Madras plague regulations in force outside the Presidency town - Volume 1
Disease focus: Plague
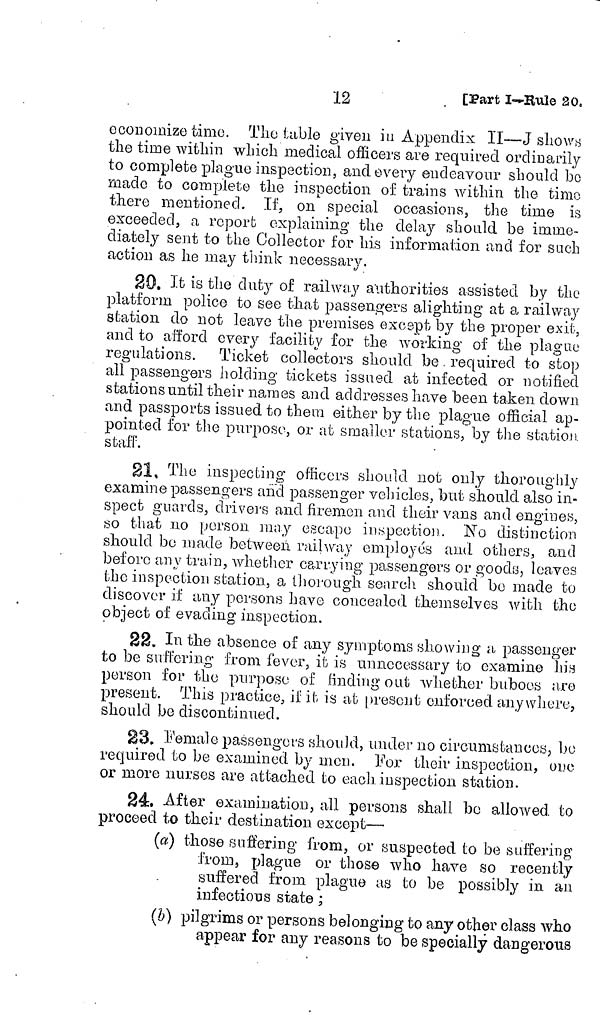
12
[Part I-Rule 20,
economize time. The table given in Appendix II—J shows
the time within which medical officers are required ordinarily
to complete plague inspection, and every endeavour should bo
made to complete the inspection of trains within the timo
there mentioned. If, on special occasions, the time is
exceeded, a report explaining the delay should be imme-
diately sent to the Collector for his information and for such
action as he may think necessary.
20. It is the duty of railway authorities assisted by the
platform police to see that passengers alighting at a railway
station do not leave the premises except by the proper exit,
and to afford every facility for the working of the plague
regulations. Ticket collectors should be. required to stop
all passengers holding tickets issued at infected or notified
stations until their names and ad dresses have been taken down
and passports issued to them either by the plague official ap-
pointed for the purpose, or at smaller stations, by the station
staff.
21. The inspecting officers should not only thoroughly
examine passengers aiicl passenger vehicles, but should also in
spect guards, drivers and firemen and their vans and engines,
so that no person may escape inspection. No distinction
should bo made between railway employes and others, and
before any train, whether carrying passengers or goody, leaves
the inspection station, a thorough search should bo made to
discover if any persons have concealed themselves with the
object of evading inspection.
22. If the absence of any symptoms showing a passenger
to be suffering from fever, if: is unnecessary to examine his
person for the purpose of finding out whether buboes are
présent. This practice, if it is at present enforced anywhere,
should be discontinued.
23. female passengers should, under no circumstances, be
required to be examined by men. For their inspection, one
or more nurses are attached to each inspection station.
24. After examination, all persons shall be allowed, to
proceed to their destination except—
(a) those suffering from, or suspected to be suffering
from, plague or those who have so recently
suffered from plague as to be possibly in. an
infectious state ;
(b) pilgrims or persons belonging to any other class who
appear for any reasons to be specially dangerous